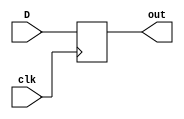
module registrador_d(D,clk,out);
input D; // Data input 
input clk; // clock input 
output reg out; // output Q 
always @(posedge clk) 
begin
 out <= D; 
end 
endmodule